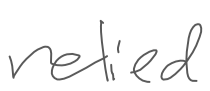
Text: relied
Cross-out: clean
Writing tool: digital_gray